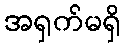
အရှက်မရှိ